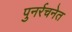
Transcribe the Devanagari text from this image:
पुनर्रचनेत